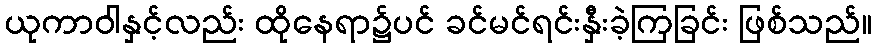
ယုကာဝါနှင့်လည်း ထိုနေရာ၌ပင် ခင်မင်ရင်းနှီးခဲ့ကြခြင်း ဖြစ်သည်။